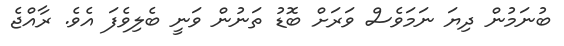
ބުނަމުން ދިޔަ ނަމަވެސް ވަރަށް ބޮޑު ތަނުން ވަނީ ބެލިވެފަ އެވެ. ރާއްޖެ